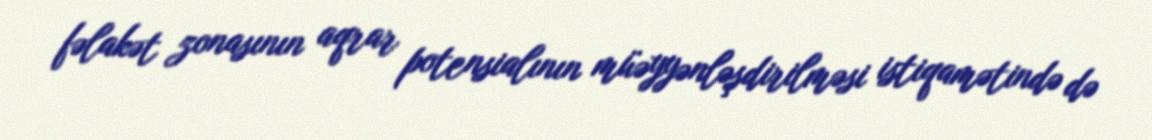
fəlakət zonasının aqrar potensialının müəyyənləşdirilməsi istiqamətində də